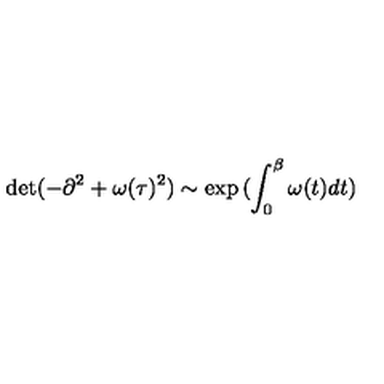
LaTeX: \det ( - \partial ^ { 2 } + \omega ( \tau ) ^ { 2 } ) \sim \exp { ( \int _ { 0 } ^ { \beta } \omega ( t ) d t ) }